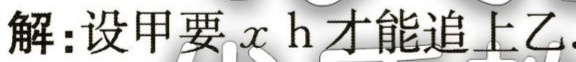
解：设甲要\(x\ \text{h}\)才能追上乙.